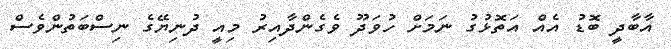
އާބާދީ ބޮޑު އެއް އަތޮޅުގު ނަމަށް ހުވަދޫ ވެގެންދާއިރު މިއީ ދުނިޔޭގެ ނިސްބަތުންވެސް